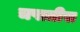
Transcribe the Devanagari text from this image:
चपातीस